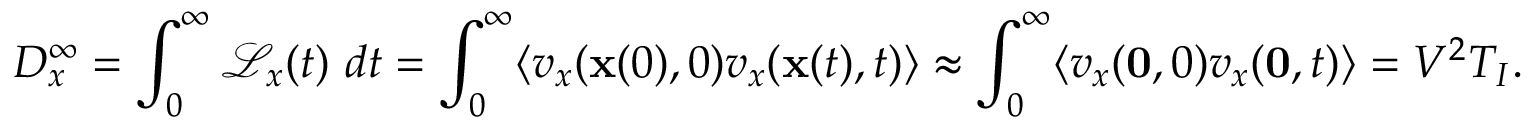
D _ { x } ^ { \infty } = \int _ { 0 } ^ { \infty } \mathcal { L } _ { x } ( t ) ~ d t = \int _ { 0 } ^ { \infty } \langle v _ { x } ( \mathbf { x } ( 0 ) , 0 ) v _ { x } ( \mathbf { x } ( t ) , t ) \rangle \approx \int _ { 0 } ^ { \infty } \langle v _ { x } ( \mathbf { 0 } , 0 ) v _ { x } ( \mathbf { 0 } , t ) \rangle = V ^ { 2 } T _ { I } .